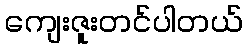
ကျေးဇူးတင်ပါတယ်